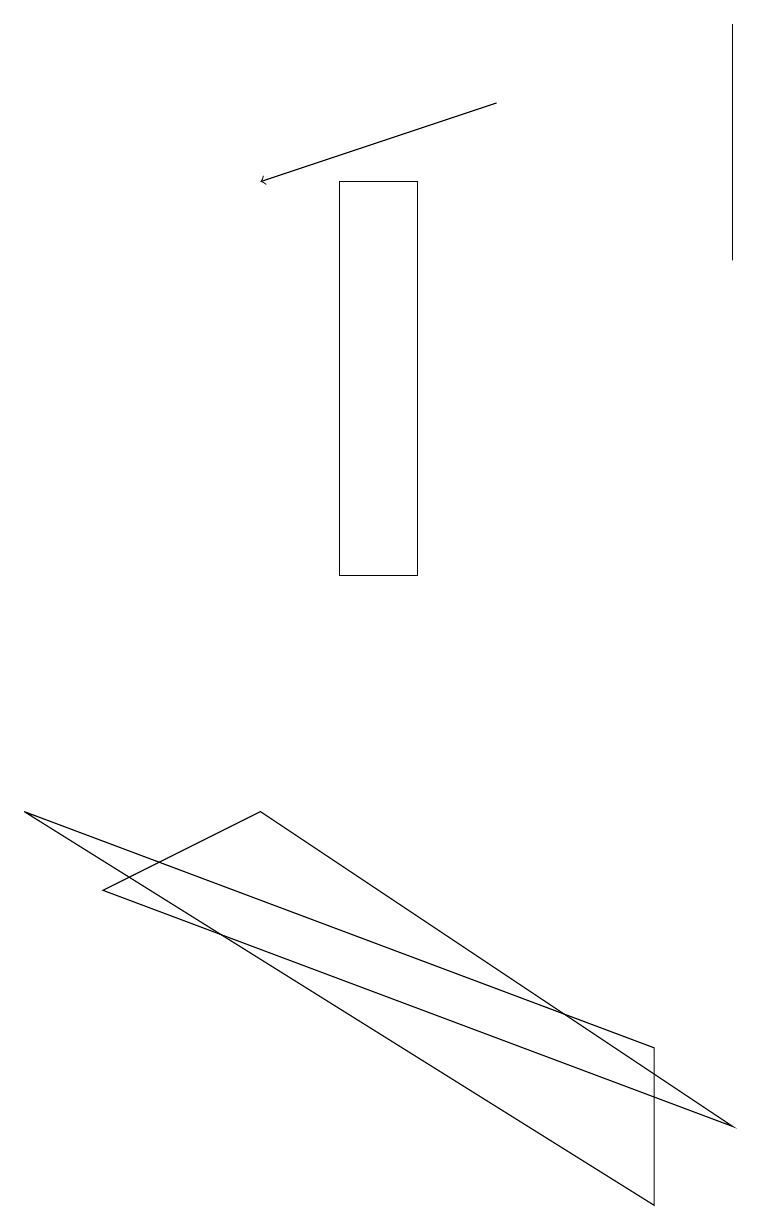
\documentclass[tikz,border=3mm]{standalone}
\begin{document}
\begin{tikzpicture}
\draw (9,5) -- (1,8) -- (3,9) -- cycle;
\draw (5,17) rectangle (4,12);
\draw (9,16) rectangle (9,19);
\draw (0,9) -- (8,4) -- (8,6) -- cycle;
\draw[->] (6,18) -- (3,17);
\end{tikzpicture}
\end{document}